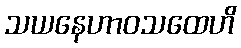
သယနေဟာဝသထေဟိ